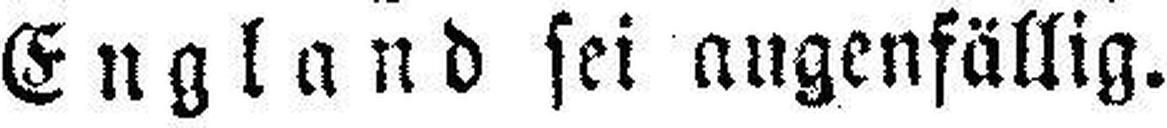
England sei augenfällig.